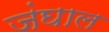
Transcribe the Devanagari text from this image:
जंघाल